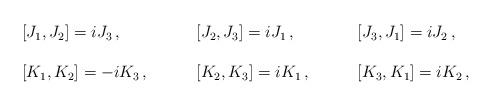
LaTeX: \begin{align*}\begin{array}{lll}{}[J_{1},J_{2}]=iJ_{3}\,,~~~&~~~{}[J_{2},J_{3}]=iJ_{1}\,,~~~&~~~{}[J_{3},J_{1}]=iJ_{2}\,,\\{}&{}&{}\\ {}[K_{1},K_{2}]=-iK_{3}\,,~~~&~~~{}[K_{2},K_{3}]=iK_{1}\,,~~~&~~~{}[K_{3},K_{1}]=iK_{2}\,,\end{array}\end{align*}